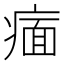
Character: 𬏶